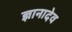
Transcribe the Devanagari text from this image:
ज्ञानादेव